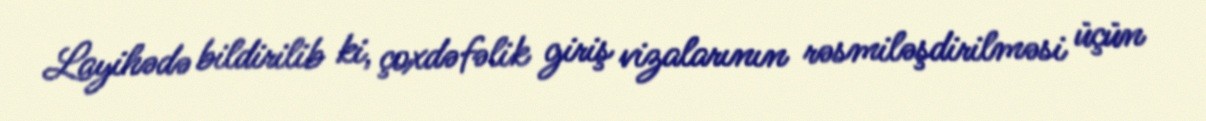
Layihədə bildirilib ki, çoxdəfəlik giriş vizalarının rəsmiləşdirilməsi üçün